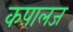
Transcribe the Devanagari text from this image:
कपालज